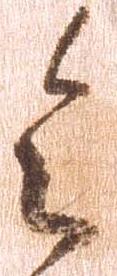
令